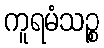
ကူရမံသဉ္စ